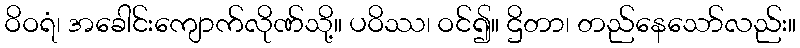
ဝိဝရံ၊ အခေါင်းကျောက်လိုဏ်သို့။ ပဝိဿ၊ ဝင်၍။ ဌိတာ၊ တည်နေသော်လည်း။